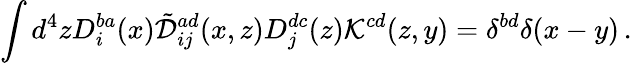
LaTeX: \int d^{4}zD_{i}^{ba}(x)\tilde{\cal D}_{ij}^{ad}(x,z)D_{j}^{dc}(z){\cal K}^{cd}(z,y)=\delta^{bd}\delta(x-y)\, .